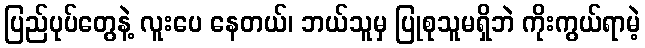
ပြည်ပုပ်တွေနဲ့ လူးပေ နေတယ်၊ ဘယ်သူမှ ပြုစုသူမရှိဘဲ ကိုးကွယ်ရာမဲ့